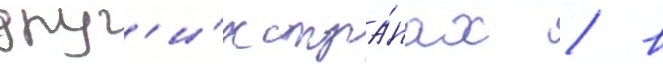
друг'и́х стра́нах / в